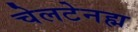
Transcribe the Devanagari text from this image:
चेलटेनह्म